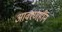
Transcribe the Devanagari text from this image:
आवरणहीन